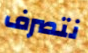
نتصرف